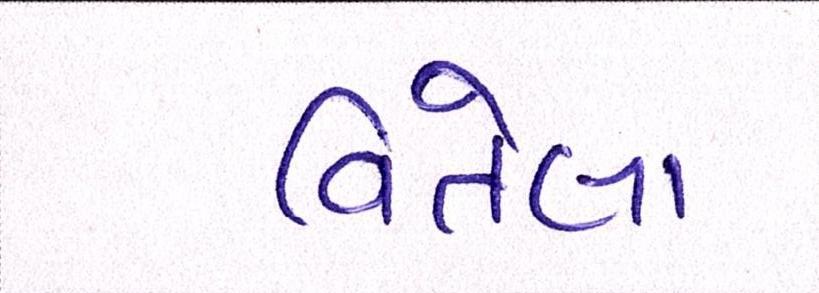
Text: વિતેલા